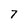
Character: 7